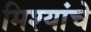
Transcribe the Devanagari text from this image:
मिश्यांचे